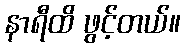
နာရီထိ ဖွင့်တယ်။